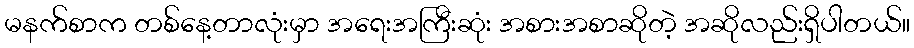
မနက်စာက တစ်နေ့တာလုံးမှာ အရေးအကြီးဆုံး အစားအစာဆိုတဲ့ အဆိုလည်းရှိပါတယ်။